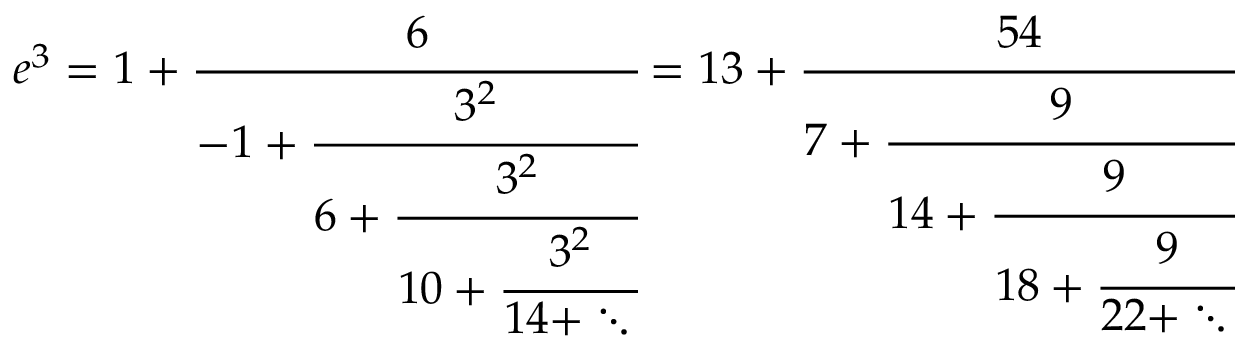
e ^ { 3 } = 1 + { \cfrac { 6 } { - 1 + { \cfrac { 3 ^ { 2 } } { 6 + { \cfrac { 3 ^ { 2 } } { 1 0 + { \cfrac { 3 ^ { 2 } } { 1 4 + \ddots \, } } } } } } } } = 1 3 + { \cfrac { 5 4 } { 7 + { \cfrac { 9 } { 1 4 + { \cfrac { 9 } { 1 8 + { \cfrac { 9 } { 2 2 + \ddots \, } } } } } } } }